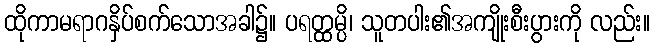
ထိုကာမရာဂနှိပ်စက်သောအခါ၌။ ပရတ္ထမ္ပိ၊ သူတပါး၏အကျိုးစီးပွားကို လည်း။